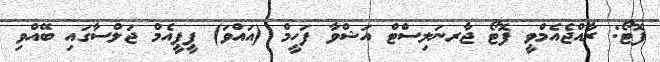
ފޮޓޯ: ރާއްޖެއެމްވީ ފޮޓޯ ޖާރނަލިސްޓް އަޝްވާ ފަހީމް (އައްވަ) ޕީޕީއެމް ޖަލްސާގައި ބޭއްވި